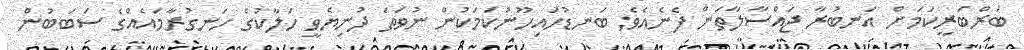
ބަރްބަރީކަމަށް އަނބުރާ ޖައްސާލާތަން ފެނެއެވެ; ބަނޑުހައިހޫނުކަމަކުން ނުވަތަ ދުނިޔެވީ ހަލާކުގެ ހަނގުރާމައެއްގެ ސަބަބުން